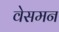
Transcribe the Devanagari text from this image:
वेसमन